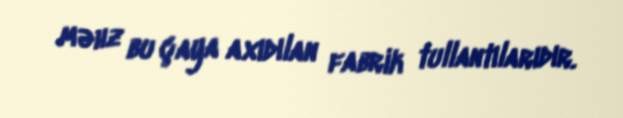
məhz bu çaya axıdılan fabrik tullantılarıdır.